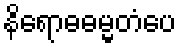
နိရောဓဓမ္မတံပေ